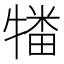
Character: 𰠻